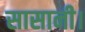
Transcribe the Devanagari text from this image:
सासानी।